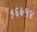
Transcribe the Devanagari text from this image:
१६७५४